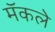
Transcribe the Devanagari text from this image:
मॅकले